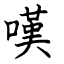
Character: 嘆